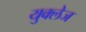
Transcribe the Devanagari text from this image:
युक्लेज